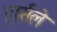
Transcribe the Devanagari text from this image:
हार्सले